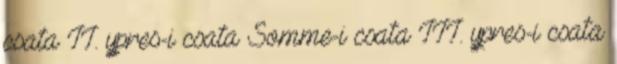
csata II. ypres-i csata Somme-i csata III. ypres-i csata